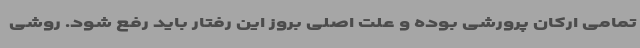
تمامی ارکان پرورشی بوده و علت اصلی بروز این رفتار باید رفع شود. روشی